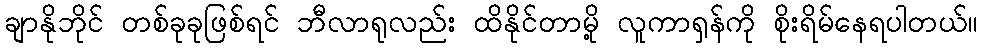
ချာနိုဘိုင် တစ်ခုခုဖြစ်ရင် ဘီလာရုလည်း ထိနိုင်တာမို့ လူကာရှန်ကို စိုးရိမ်နေရပါတယ်။